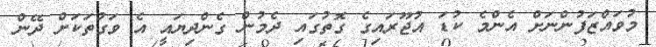
މުވައްޒަފުންނަށް އެންމެ ކުޑަ އުޖޫރައިގެ ގޮތުގައި ދެމުން ގެންދިޔައީ އެ ވަގުތަކަށް ދޭން